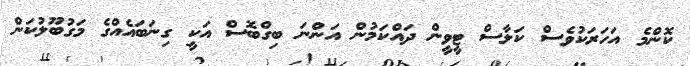
ކޮންމެ އަހަރަކުވެސް ކަލާސް ޓީވީން ދައްކަމުން އަންނަ ބިގްބޮސް އަކީ ގިނަބައެއްގެ މަގުބޫލުކަން